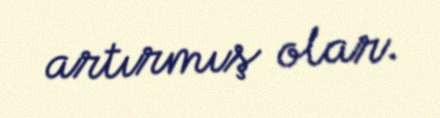
artırmış olar.